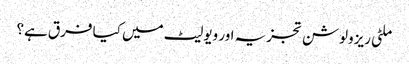
ملٹی ریزولوشن تجزیہ اور ویولیٹ میں کیا فرق ہے؟